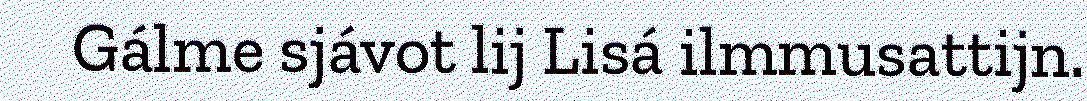
Gálme sjávot lij Lisá ilmmusattijn.